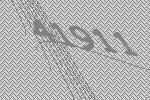
41911